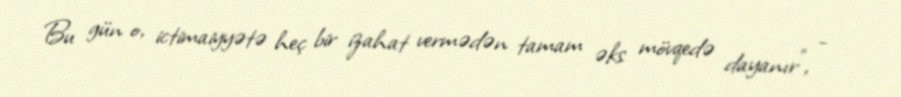
Bu gün o, ictimaiyyətə heç bir izahat vermədən tamam əks mövqedə dayanır”, -